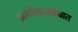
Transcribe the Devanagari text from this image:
अमेरिकेसंबंधात